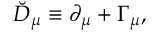
\breve { D } _ { \mu } \equiv \partial _ { \mu } + \Gamma _ { \mu } ,